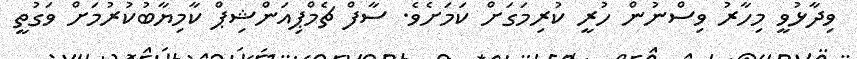
ވިދާޅުވީ މިހާރު ވިސްނުން ހުރީ ކުރިމަގަށް ކަމަށެވެ. ސާފް ޗެމްޕިއަންޝިޕް ކާމިޔާބުކުރުމަށް ވަގުތީ